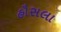
હૌસલા